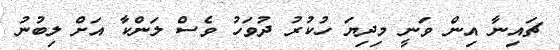
ޗައިނާ އިން ވަނީ މިދިޔަ ހުކުރު ދުވަހު ވެސް ލަންކާ އަށް ލިބުނު